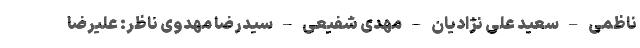
ناظمی – سعید علی نژادیان – مهدی شفیعی – سیدرضا مهدوی ناظر: علیرضا